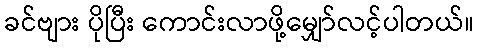
ခင်ဗျား ပိုပြီး ကောင်းလာဖို့မျှော်လင့်ပါတယ်။